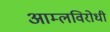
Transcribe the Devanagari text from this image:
आम्लविरोधी